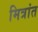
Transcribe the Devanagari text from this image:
मित्रांत